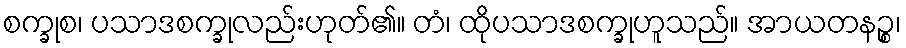
စက္ခုစ၊ ပသာဒစက္ခုလည်းဟုတ်၏။ တံ၊ ထိုပသာဒစက္ခုဟူသည်။ အာယတနဉ္စ၊